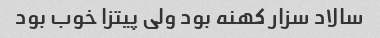
سالاد سزار کهنه‌ بود ولی پیتزا خوب بود